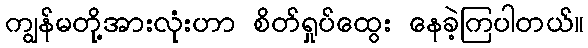
ကျွန်မတို့အားလုံးဟာ စိတ်ရှုပ်ထွေး နေခဲ့ကြပါတယ်။